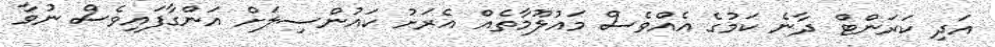
އަދި ކަރަންޓް ދާނެ ކަމުގެ އެއްވެސް މައުލޫމާތެއް އެރަށު ކައުންސިލަށް އަންގާފައިވެސް ނުވާ